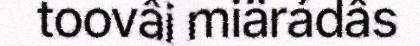
toovâi miärádâs